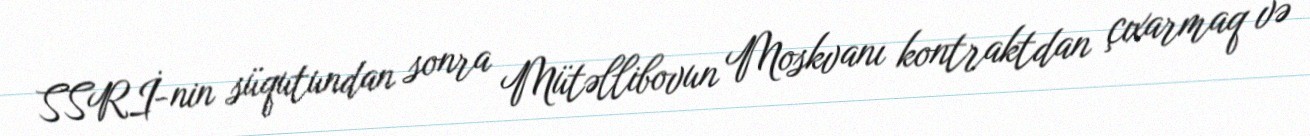
SSRİ-nin süqutundan sonra Mütəllibovun Moskvanı kontraktdan çıxarmaq və